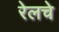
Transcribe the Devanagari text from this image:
रेलचे